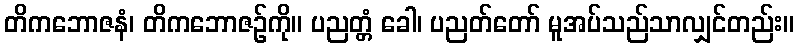
တိကဘောဇနံ၊ တိကဘောဇဉ်ကို။ ပညတ္တံ ခေါ၊ ပညတ်တော် မူအပ်သည်သာလျှင်တည်း။